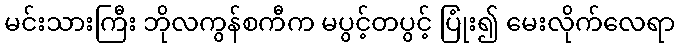
မင်းသားကြီး ဘိုလကွန်စကီက မပွင့်တပွင့် ပြုံး၍ မေးလိုက်လေရာ